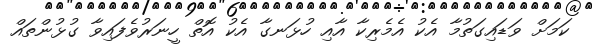
ކަމަށް ވަޑައިގަތުމާ އެކު އެމެރިކާ އާއި ހުޅަނގާ އެކު އޮތް ހީނަރުވެފައިވާ ގުޅުންތައް